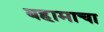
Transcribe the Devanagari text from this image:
बहामाचा